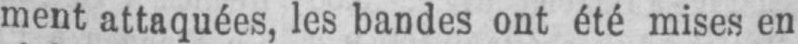
ment attaquées, les bandes ont été mises en